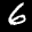
Label: 6